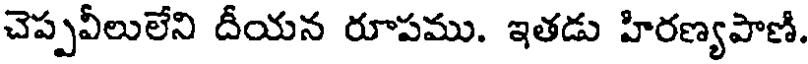
చెప్పవీలులేని దీయన రూపము. ఇతడు హిరణ్యపాణి.